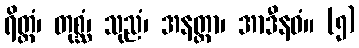
ရိတ္တံ၊ တုစ္ဆံ၊ သုညံ၊ အနတ္တာ၊ အာဒီနဝံ။ (၅)